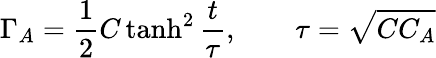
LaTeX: \Gamma_{A}=\frac{1}{2}C\operatorname{tanh}^{2}\frac{t}{\tau},\qquad\tau=\sqrt{CC_{A}}